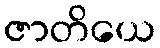
ဇာတိယေ